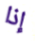
إذا